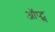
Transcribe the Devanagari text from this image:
ऑप्ट्स